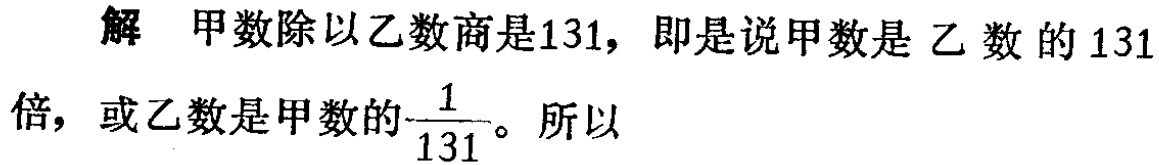
解 甲数除以乙数商是131，即是说甲数是乙数的131倍，或乙数是甲数的$\frac{1}{131}$。所以